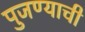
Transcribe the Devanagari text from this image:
पुजण्याची